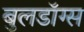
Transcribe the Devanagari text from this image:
बुलडॉग्स